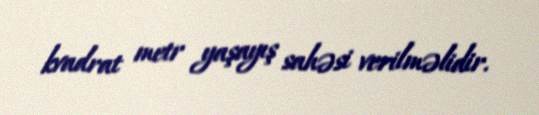
kvadrat metr yaşayış sahəsi verilməlidir.